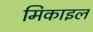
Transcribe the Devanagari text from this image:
मिकाइल